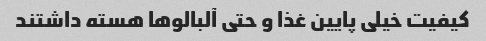
کیفیت خیلی پایین غذا و حتی آلبالو‌ها هسته داشتند